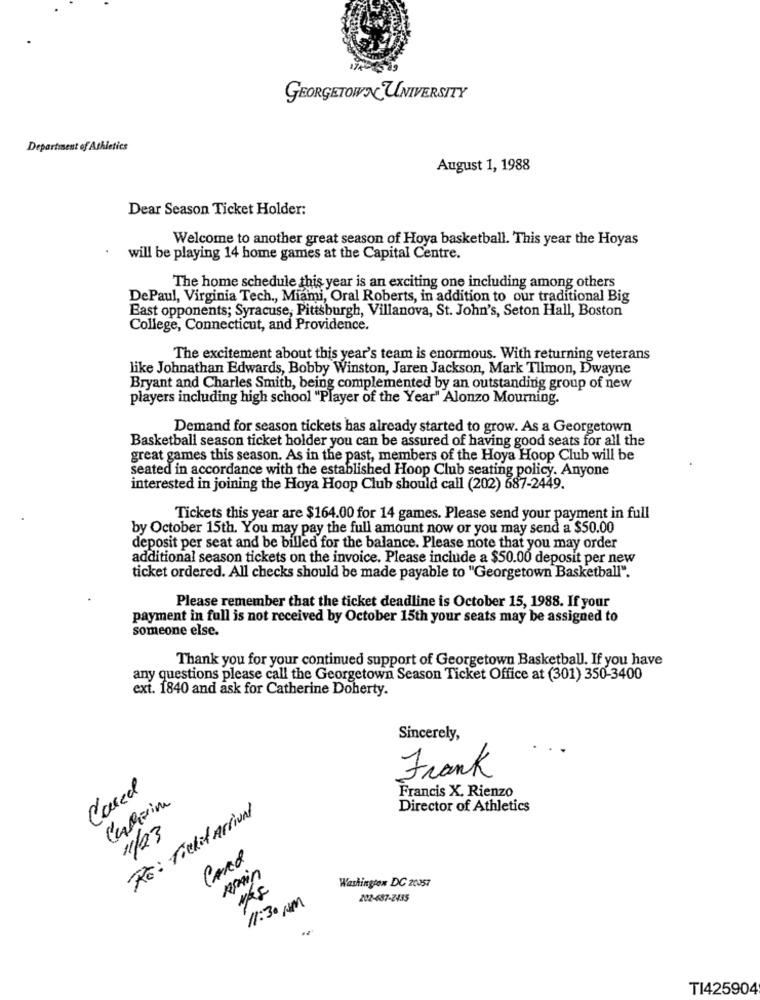
GEORGETOWN UNIVERSITY
Department of Athletics
August 1, 1988
Dear Season Ticket Holder:
Welcome to another great season of Hoya basketball. This year the Hoyas
will be playing 14 home games at the Capital Centre.
The home schedule this year is an exciting one including among others
DePaul, Virginia Tech ., Miami, Oral Roberts, in addition to our traditional Big
East opponents; Syracuse, Pittsburgh, Villanova, St. John's, Seton Hall, Boston
College, Connecticut, and Providence.
The excitement about this year's team is enormous. With returning veterans
like Johnathan Edwards, Bobby Winston, Jaren Jackson, Mark Tlimon, Dwayne
Bryant and Charles Smith, being complemented by an outstanding group of new
players including high school "Player of the Year" Alonzo Mourning.
Demand for season tickets has already started to grow. As a Georgetown
Basketball season ticket holder you can be assured of having good seats for all the
great games this season. As in the past, members of the Hoya Hoop Club will be
seated in accordance with the established Hoop Club seating policy. Anyone
interested in joining the Hoya Hoop Club should call (202) 687-2449.
Tickets this year are $164.00 for 14 games. Please send your payment in full
by October 15th. You may pay the full amount now or you may send a $50.00
deposit per seat and be billed for the balance. Please note that you may order
additional season tickets on the invoice. Please include a $50.00 deposit per new
ticket ordered. All checks should be made payable to "Georgetown Basketball".
Please remember that the ticket deadline is October 15, 1988. If your
payment in full is not received by October 15th your seats may be assigned to
someone else.
Thank you for your continued support of Georgetown Basketball. If you have
any questions please call the Georgetown Season Ticket Office at (301) 350-3400
ext. 1840 and ask for Catherine Doherty.
Sincerely,
..
Frank
Cared
Francis X. Rienzo
CARrim
To: Tichit Arrival
Director of Athletics
11/23
Card
Washington DC 20057
11:30 NM
202-687-2435
TI425904